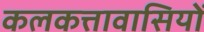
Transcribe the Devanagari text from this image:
कलकत्तावासियों